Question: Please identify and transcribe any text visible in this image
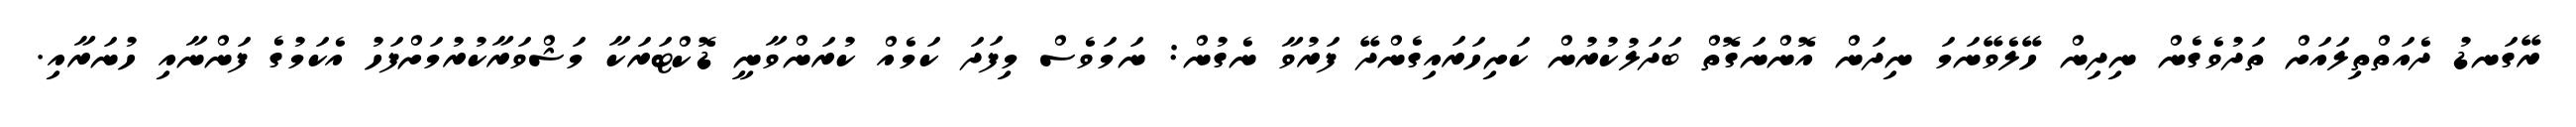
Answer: ރޭގަނޑު ދެއަތްތިލައަށް ތަދުވެގެން ނިދިން ހޭލެވޭނަމަ ނިދަން އޮންނަގޮތް ބަދަލުކުރުން ކަށިހަރައިގެންދޭ ފަރުވާ ނެގުން: ނަމަވެސް މިފަދަ ކަމެއް ކުރަންވާނީ ޑޮކްޓަރަކާ މަޝްވަރާކުރުމަށްފަހު އެކަމުގެ ފަންނާއި ހުނަރާއި.